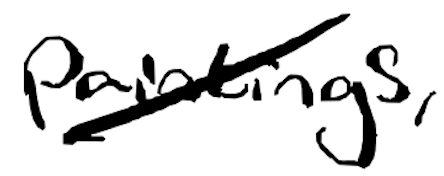
Text: paintings,
Cross-out: diagonal
Writing tool: digital_black